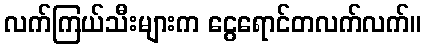
လက်ကြယ်သီးများက ငွေရောင်တလက်လက်။